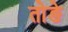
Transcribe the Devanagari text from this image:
तोङे